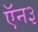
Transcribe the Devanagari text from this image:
ऍन३